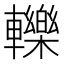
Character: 轢